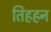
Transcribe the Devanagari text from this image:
तिहहन